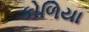
કોળિયા